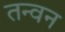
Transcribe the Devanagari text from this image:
तन्वन